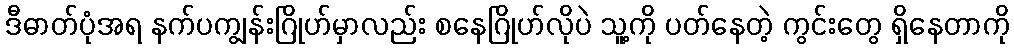
ဒီဓာတ်ပုံအရ နက်ပကျွန်းဂြိုဟ်မှာလည်း စနေဂြိုဟ်လိုပဲ သူ့ကို ပတ်နေတဲ့ ကွင်းတွေ ရှိနေတာကို